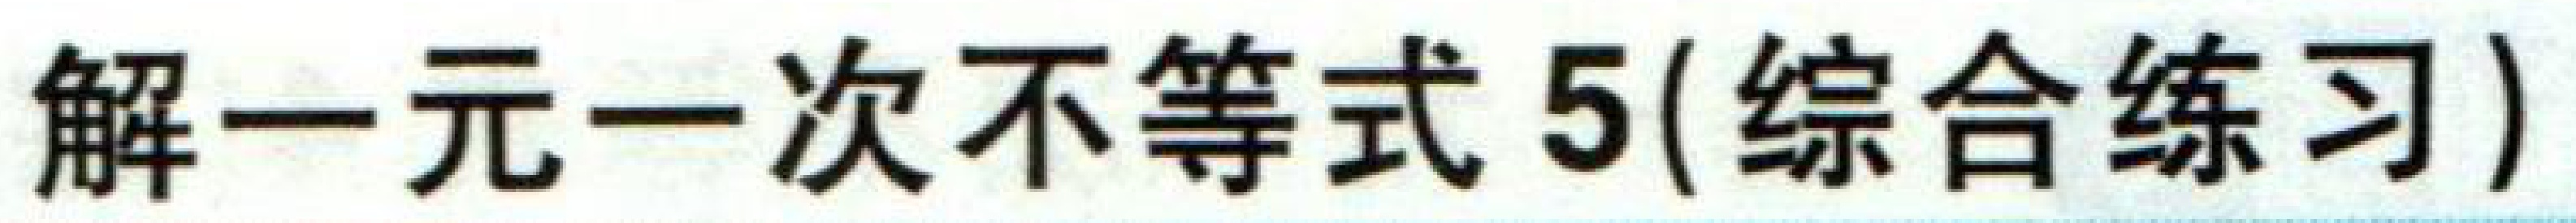
解一元一次不等式5(综合练习)